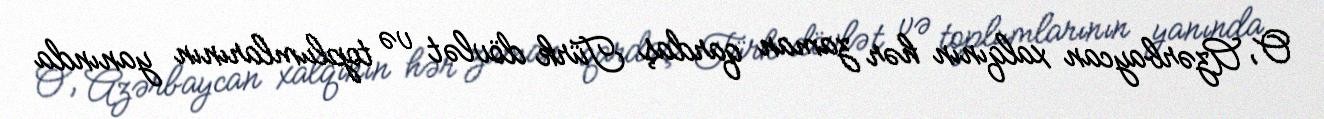
O, Azərbaycan xalqının hər zaman qardaş Türk dövlət və toplumlarının yanında